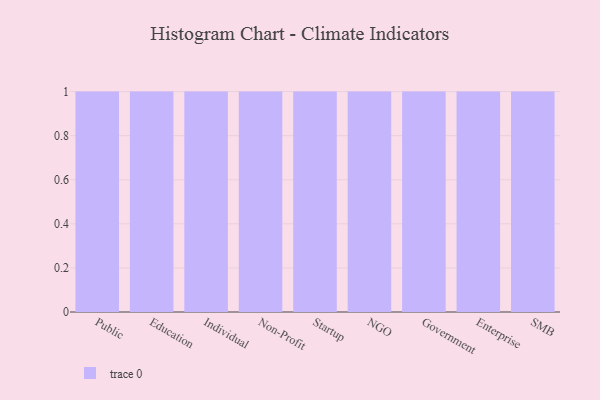
{"axis": {"x": "Segment", "y": "Website Visitors"}, "legend": [""], "data": [{"x": "Public", "y": 92, "type": ""}, {"x": "Education", "y": 53, "type": ""}, {"x": "Individual", "y": 51, "type": ""}, {"x": "Non-Profit", "y": 45, "type": ""}, {"x": "Startup", "y": 65, "type": ""}, {"x": "NGO", "y": 60, "type": ""}, {"x": "Government", "y": 20, "type": ""}, {"x": "Enterprise", "y": 96, "type": ""}, {"x": "SMB", "y": 87, "type": ""}]}